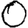
Digit: 0